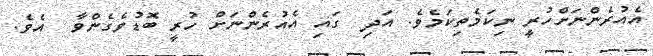
އެއުރެންނަށްހުރީ ނިކަމެތިކަމެވެ. އަދި  ގައި އެއުރެންނަށް ހުރީ ބޮޑުވެގެންވާ  އެވެ.